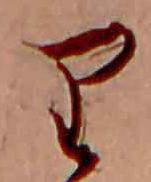
り